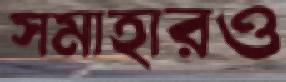
সমাহারও